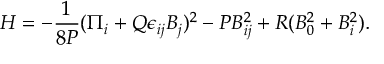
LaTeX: { \cal H } = - { \frac { 1 } { 8 P } } ( \Pi _ { i } + Q \epsilon _ { i j } B _ { j } ) ^ { 2 } - P B _ { i j } ^ { 2 } + R ( B _ { 0 } ^ { 2 } + B _ { i } ^ { 2 } ) .